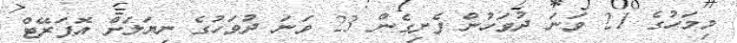
މިމަހުގެ 21 ވަނަ ދުވަހުން ފެށިގެން 23 ވަނަ ދުވަހުގެ ނިޔަލަށް އޮޕަރޭޓް